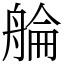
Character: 䑳